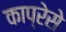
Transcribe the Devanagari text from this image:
काप्रेसे